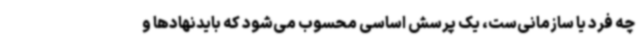
چه فرد یا سازمانی‌ست، یک پرسش اساسی محسوب می‌شود که بایدنهادها و